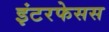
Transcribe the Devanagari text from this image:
इंटरफेसस